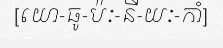
[យោ-ធូ-ប៉ៈ-នី-យៈ-កាំ]